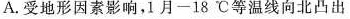
A.受地形因素影响，1月-18℃等温线向北凸出